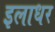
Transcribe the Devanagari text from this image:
इलाधर